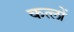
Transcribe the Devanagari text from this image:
कत्लों